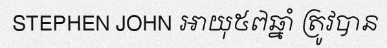
STEPHEN JOHN អាយុ៥៧ឆ្នាំ ត្រូវបាន